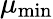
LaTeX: \mu_{\mathrm{min}}